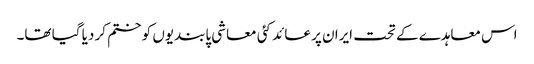
اس معاہدے کے تحت ایران پر عائد کئی معاشی پابندیوں کو ختم کر دیا گیا تھا۔